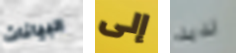
البيانات إلى لذيذ